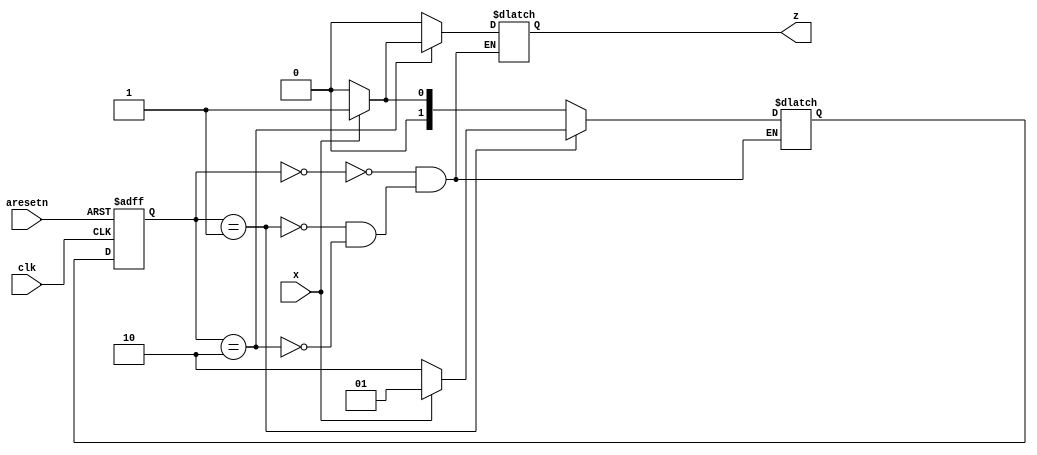
module top_module (
    input clk,
    input aresetn,    // Asynchronous active-low reset
    input x,
    output z ); 
    
    parameter A = 0, B = 1, C = 2;
    reg [1:0] pstate, nstate;
    
    always @(*)
        begin
            case(pstate)
                A:if(x)begin
                    nstate = B;
                    z = 0;
                end
                else begin
                    nstate = A;
                	z = 0;
                end
                B:if(x)begin
                    nstate = B;
                    z = 0;
                end
                else begin
                    nstate = C;
                	z = 0;
                end
                C:if(x)begin
                    nstate = B;
                    z = 1;
                end
                else begin
                    nstate = A;
                	z = 0;
                end
            endcase
        end
    always @(posedge clk,negedge aresetn)
        begin
            if(!aresetn)
                pstate <= A;
            else
                pstate <= nstate;
        end

endmodule